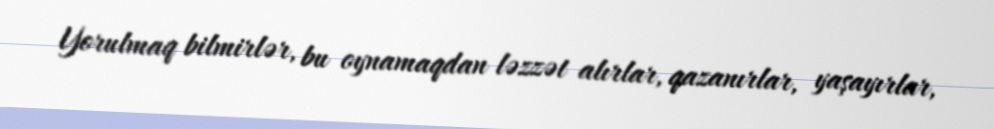
Yorulmaq bilmirlər, bu oynamaqdan ləzzət alırlar, qazanırlar, yaşayırlar,